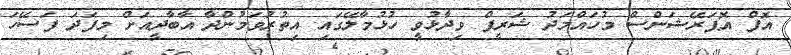
އޮފް އޮޕަރޭޝަންސް މުހައްމަދު ޝަރީފް ވިދާޅުވީ ހުޅުމާލޭގައި އިތުރުވަމުންދާ އާބާދީއަށް މިފަދަ ފަސޭހަ